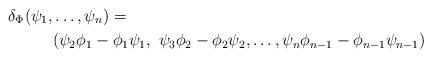
LaTeX: \begin{align*}\delta_\Phi (\psi_1,&\ldots,\psi_{n}) =\\& (\psi_{2}\phi_1-\phi_{1}\psi_1,\mbox{ }\psi_{3}\phi_2-\phi_{2}\psi_2,\ldots,\psi_{n}\phi_{n-1}-\phi_{n-1}\psi_{n-1})\end{align*}